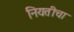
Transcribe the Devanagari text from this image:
नियतीचा